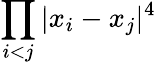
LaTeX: \displaystyle{\prod_{i<j}|x_{i}-x_{j}|^{4}}